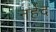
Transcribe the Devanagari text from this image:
नर्हद